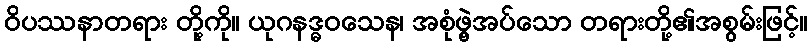
ဝိပဿနာတရား တို့ကို။ ယုဂနဒ္ဓဝသေန၊ အစုံဖွဲ့အပ်သော တရားတို့၏အစွမ်းဖြင့်။